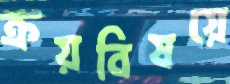
ক্রয়বিষয়ে